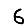
Digit: 6